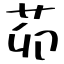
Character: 茆